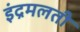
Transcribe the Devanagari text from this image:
इंद्रमलती